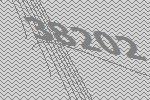
38202